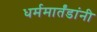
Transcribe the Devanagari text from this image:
धर्ममार्तंडांनी